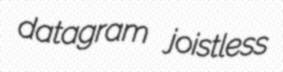
datagram joistless